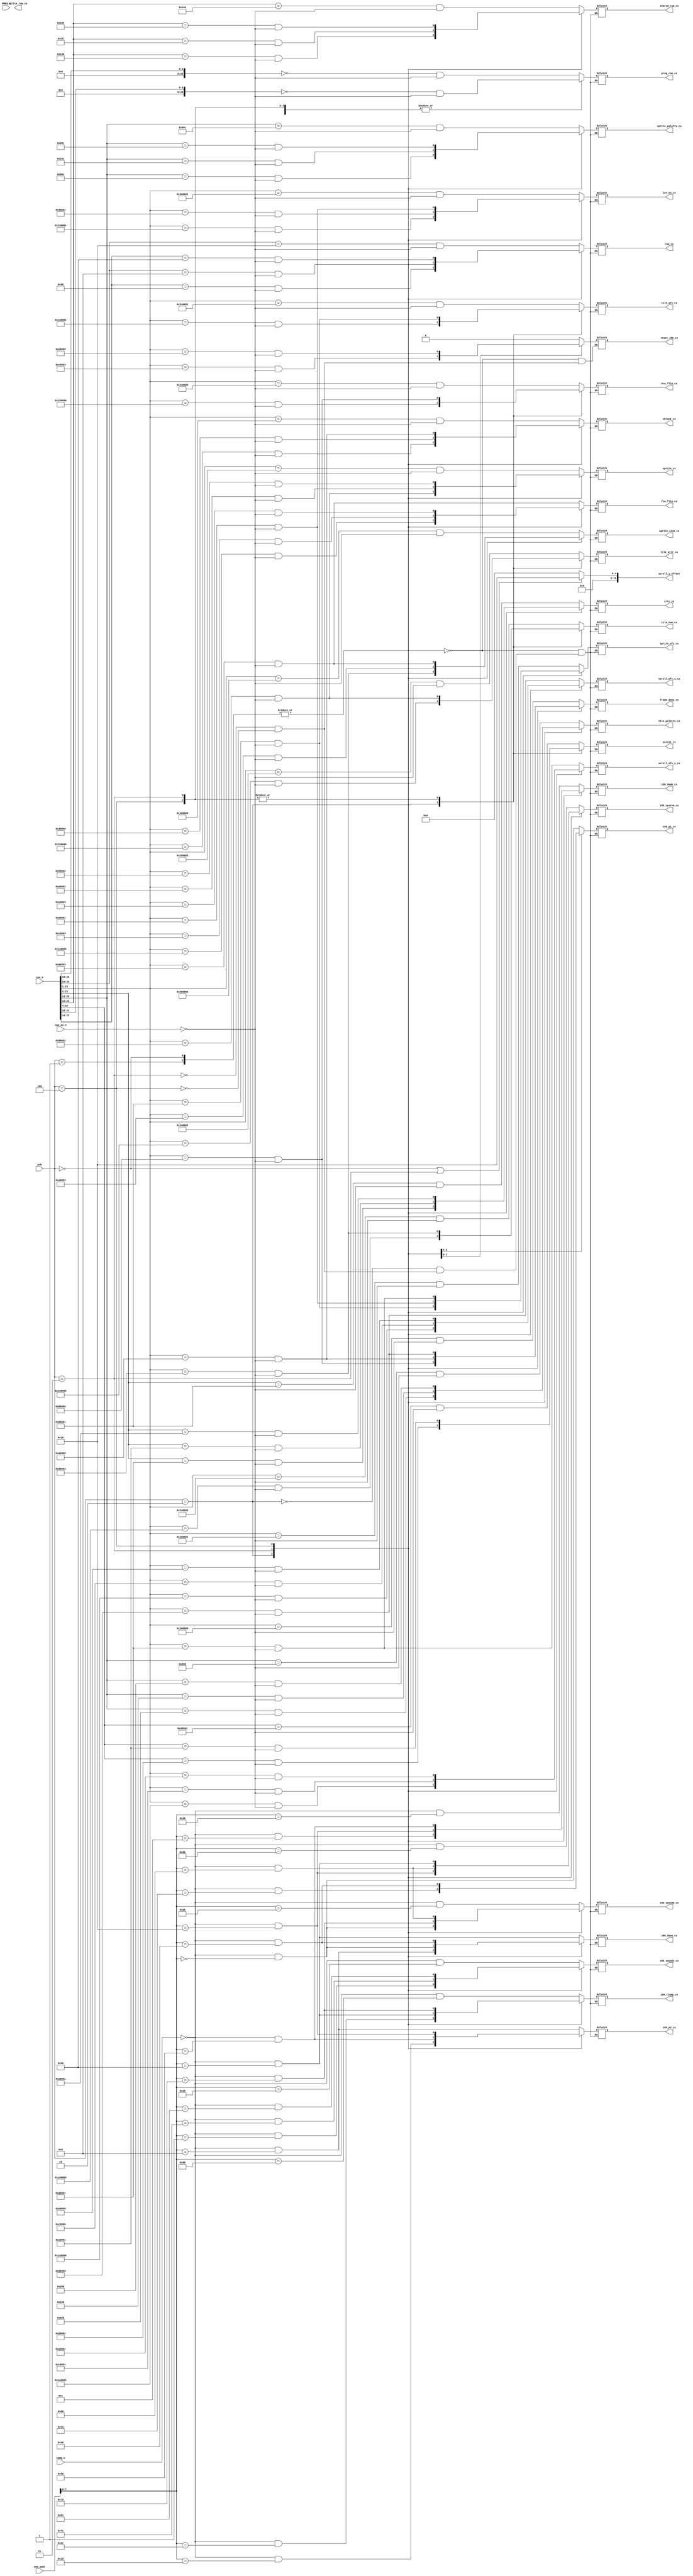
module chip_select
(
    input  [3:0] pcb,

    input [23:0] cpu_a,
    input        cpu_as_n,

    input [15:0] z80_addr,
    input        MREQ_n,
    input        IORQ_n,

    // M68K selects
    output       prog_rom_cs,
    output       ram_cs,
    output       scroll_ofs_x_cs,
    output       scroll_ofs_y_cs,
    output       frame_done_cs,
    output       int_en_cs,
    output       crtc_cs,
    output       tile_ofs_cs,
    output       tile_attr_cs,
    output       tile_num_cs,
    output       scroll_cs,
    output       shared_ram_cs,
    output       vblank_cs,
    output       tile_palette_cs,
    output       bcu_flip_cs,
    output       sprite_palette_cs,
    output       sprite_ofs_cs,
    output       sprite_cs,
    output       sprite_size_cs,
    output       sprite_ram_cs,
    output       fcu_flip_cs,
    output       reset_z80_cs,

    // Z80 selects
    output       z80_p1_cs,
    output       z80_p2_cs,
    output       z80_dswa_cs,
    output       z80_dswb_cs,
    output       z80_system_cs,
    output       z80_tjump_cs,
    output       z80_sound0_cs,
    output       z80_sound1_cs,

    // other params
    output reg [15:0] scroll_y_offset
);

localparam pcb_zero_wing     = 0;
localparam pcb_out_zone_conv = 1;
localparam pcb_out_zone      = 2;
localparam pcb_hellfire      = 3;
localparam pcb_truxton       = 4;

function m68k_cs;
        input [23:0] base_address;
        input  [7:0] width;
begin
    m68k_cs = ( cpu_a >> width == base_address >> width ) & !cpu_as_n;
end
endfunction

function z80_cs;
        input [7:0] address_lo;
begin
    z80_cs = ( IORQ_n == 0 && z80_addr[7:0] == address_lo );
end
endfunction

always @(*) begin

    if (pcb == pcb_zero_wing || pcb == pcb_hellfire) begin
        scroll_y_offset = 16;
    end else begin
        scroll_y_offset = 0;
    end


    // Setup lines depending on pcb
    case (pcb)
        pcb_out_zone_conv, pcb_zero_wing: begin
            prog_rom_cs       = m68k_cs( 'h000000, 19 );

            ram_cs            = m68k_cs( 'h080000, 15 );

            scroll_ofs_x_cs   = m68k_cs( 'h0c0000,  1 );
            scroll_ofs_y_cs   = m68k_cs( 'h0c0002,  1 );
            fcu_flip_cs       = m68k_cs( 'h0c0006,  1 );

            vblank_cs         = m68k_cs( 'h400000,  1 );
            int_en_cs         = m68k_cs( 'h400002,  1 );
            crtc_cs           = m68k_cs( 'h400008,  3 );

            tile_palette_cs   = m68k_cs( 'h404000, 11 );
            sprite_palette_cs = m68k_cs( 'h406000, 11 );

            shared_ram_cs     = m68k_cs( 'h440000, 12 );

            bcu_flip_cs       = m68k_cs( 'h480000,  1 );
            tile_ofs_cs       = m68k_cs( 'h480002,  1 );
            tile_attr_cs      = m68k_cs( 'h480004,  1 );
            tile_num_cs       = m68k_cs( 'h480006,  1 );
            scroll_cs         = m68k_cs( 'h480010,  4 );

            frame_done_cs     = m68k_cs( 'h4c0000,  1 );
            sprite_ofs_cs     = m68k_cs( 'h4c0002,  1 );
            sprite_cs         = m68k_cs( 'h4c0004,  1 );
            sprite_size_cs    = m68k_cs( 'h4c0006,  1 );

            reset_z80_cs      = 0;

            z80_p1_cs         = z80_cs( 8'h00 );
            z80_p2_cs         = z80_cs( 8'h08 );
            z80_dswa_cs       = z80_cs( 8'h20 );
            z80_dswb_cs       = z80_cs( 8'h28 );
            z80_system_cs     = z80_cs( 8'h80 );
            z80_tjump_cs      = z80_cs( 8'h88 );
            z80_sound0_cs     = z80_cs( 8'ha8 );
            z80_sound1_cs     = z80_cs( 8'ha9 );
        end

        pcb_out_zone: begin
            prog_rom_cs       = m68k_cs( 'h000000, 18 );

            frame_done_cs     = m68k_cs( 'h100000,  1 );
            sprite_ofs_cs     = m68k_cs( 'h100002,  1 );
            sprite_cs         = m68k_cs( 'h100004,  1 );
            sprite_size_cs    = m68k_cs( 'h100006,  1 );

            shared_ram_cs     = m68k_cs( 'h140000, 12 );

            tile_ofs_cs       = m68k_cs( 'h200002,  1 );
            tile_attr_cs      = m68k_cs( 'h200004,  1 );
            tile_num_cs       = m68k_cs( 'h200006,  1 );
            bcu_flip_cs       = m68k_cs( 'h200000,  1 );
            scroll_cs         = m68k_cs( 'h200010,  4 );

            ram_cs            = m68k_cs( 'h240000, 14 );

            vblank_cs         = m68k_cs( 'h300000,  1 );
            int_en_cs         = m68k_cs( 'h300002,  1 );
            crtc_cs           = m68k_cs( 'h300008,  3 );

            tile_palette_cs   = m68k_cs( 'h304000, 11 );
            sprite_palette_cs = m68k_cs( 'h306000, 11 );

            scroll_ofs_x_cs   = m68k_cs( 'h340000,  1 );
            scroll_ofs_y_cs   = m68k_cs( 'h340002,  1 );
            fcu_flip_cs       = m68k_cs( 'h340006,  1 );

            z80_p1_cs         = z80_cs( 8'h14 );
            z80_p2_cs         = z80_cs( 8'h18 );
            z80_dswa_cs       = z80_cs( 8'h08 );
            z80_dswb_cs       = z80_cs( 8'h0c );
            z80_system_cs     = z80_cs( 8'h10 );
            z80_tjump_cs      = z80_cs( 8'h1c );
            z80_sound0_cs     = z80_cs( 8'h00 );
            z80_sound1_cs     = z80_cs( 8'h01 );
        end

        pcb_hellfire: begin
            prog_rom_cs       = m68k_cs( 'h000000, 18 );

            ram_cs            = m68k_cs( 'h040000, 15 );

            shared_ram_cs     = m68k_cs( 'h0c0000, 12 );

            vblank_cs         = m68k_cs( 'h080000,  1 );
            int_en_cs         = m68k_cs( 'h080002,  1 );
            crtc_cs           = m68k_cs( 'h080008,  3 );

            tile_palette_cs   = m68k_cs( 'h084000, 11 );
            sprite_palette_cs = m68k_cs( 'h086000, 11 );

            bcu_flip_cs       = m68k_cs( 'h100000,  1 );
            tile_ofs_cs       = m68k_cs( 'h100002,  1 );
            tile_attr_cs      = m68k_cs( 'h100004,  1 );
            tile_num_cs       = m68k_cs( 'h100006,  1 );
            scroll_cs         = m68k_cs( 'h100010,  4 );

            scroll_ofs_x_cs   = m68k_cs( 'h180000,  1 );
            scroll_ofs_y_cs   = m68k_cs( 'h180002,  1 );
            fcu_flip_cs       = m68k_cs( 'h180006,  1 );
            reset_z80_cs      = m68k_cs( 'h180008,  1 );

            frame_done_cs     = m68k_cs( 'h140000,  1 );
            sprite_ofs_cs     = m68k_cs( 'h140002,  1 );
            sprite_cs         = m68k_cs( 'h140004,  1 );
            sprite_size_cs    = m68k_cs( 'h140006,  1 );

            z80_p1_cs         = z80_cs( 8'h40 );
            z80_p2_cs         = z80_cs( 8'h50 );
            z80_dswa_cs       = z80_cs( 8'h00 );
            z80_dswb_cs       = z80_cs( 8'h10 );
            z80_system_cs     = z80_cs( 8'h60 );
            z80_tjump_cs      = z80_cs( 8'h20 );
            z80_sound0_cs     = z80_cs( 8'h70 );
            z80_sound1_cs     = z80_cs( 8'h71 );
        end

        pcb_truxton: begin
            prog_rom_cs       = m68k_cs( 'h000000, 18 );
            ram_cs            = m68k_cs( 'h080000, 14 );

            frame_done_cs     = m68k_cs( 'h0c0000,  1 );
            sprite_ofs_cs     = m68k_cs( 'h0c0002,  1 );
            sprite_cs         = m68k_cs( 'h0c0004,  1 );
            sprite_size_cs    = m68k_cs( 'h0c0006,  1 );

            shared_ram_cs     = m68k_cs( 'h180000, 12 );
            vblank_cs         = m68k_cs( 'h140000,  1 );
            int_en_cs         = m68k_cs( 'h140002,  1 );
            crtc_cs           = m68k_cs( 'h140008,  3 );
            tile_palette_cs   = m68k_cs( 'h144000, 11 );
            sprite_palette_cs = m68k_cs( 'h146000, 11 );

            bcu_flip_cs       = m68k_cs( 'h100000,  1 );
            tile_ofs_cs       = m68k_cs( 'h100002,  1 );
            tile_attr_cs      = m68k_cs( 'h100004,  1 );
            tile_num_cs       = m68k_cs( 'h100006,  1 );
            scroll_cs         = m68k_cs( 'h100010,  4 );

            scroll_ofs_x_cs   = m68k_cs( 'h1c0000,  1 );
            scroll_ofs_y_cs   = m68k_cs( 'h1c0002,  1 );
            fcu_flip_cs       = m68k_cs( 'h1c0006,  1 );

            reset_z80_cs      = m68k_cs( 'h1d0000,  1 );

            z80_p1_cs         = z80_cs( 8'h00 );
            z80_p2_cs         = z80_cs( 8'h10 );
            z80_dswa_cs       = z80_cs( 8'h40 );
            z80_dswb_cs       = z80_cs( 8'h50 );
            z80_system_cs     = z80_cs( 8'h20 );
            z80_tjump_cs      = z80_cs( 8'h70 );
            z80_sound0_cs     = z80_cs( 8'h60 );
            z80_sound1_cs     = z80_cs( 8'h61 );
        end

        default:;
    endcase
end

endmodule